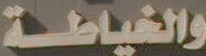
والخياطة